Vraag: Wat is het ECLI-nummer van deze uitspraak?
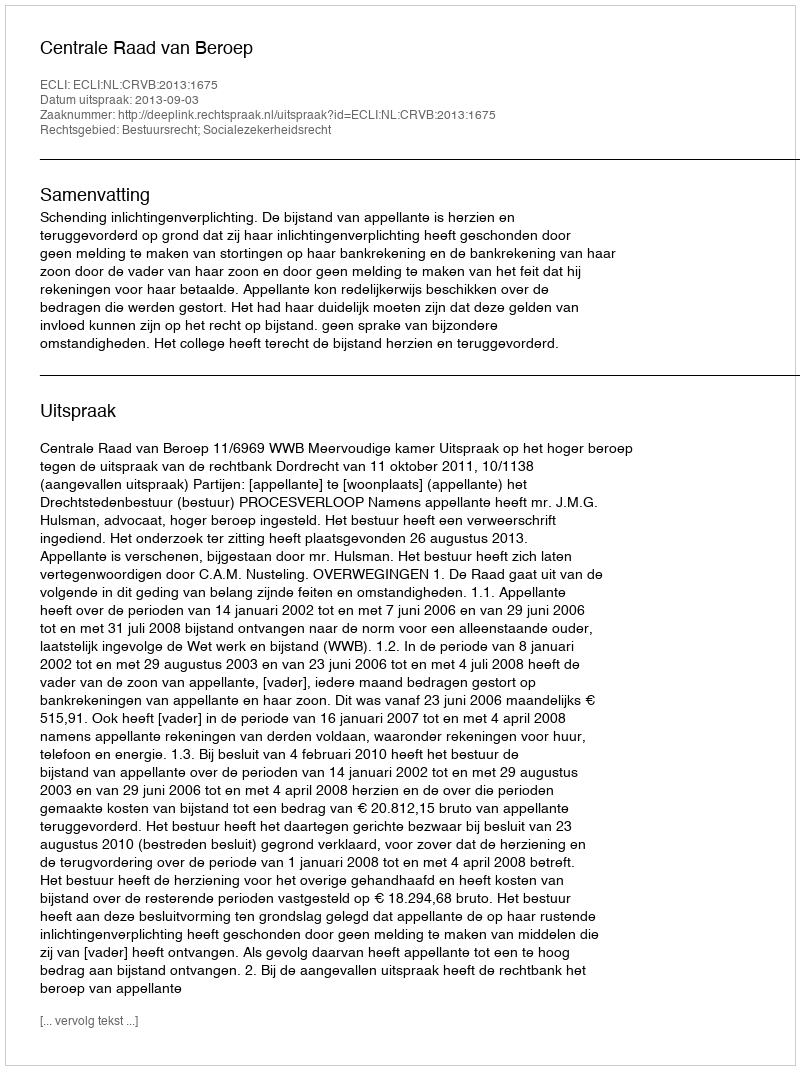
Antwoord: ECLI:NL:CRVB:2013:1675